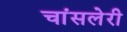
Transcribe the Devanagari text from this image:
चांसलेरी